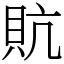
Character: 貥